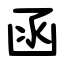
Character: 函